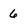
Character: 6